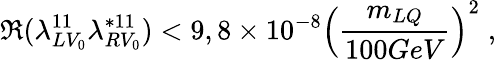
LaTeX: \Re(\lambda_{LV_{0}}^{11}\lambda_{RV_{0}}^{*11})<9,8\times 10^{-8}\left(\frac{m_{LQ}}{100GeV}\right)^{2}\; ,